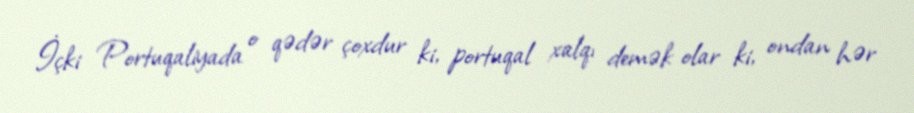
İçki Portuqaliyada o qədər çoxdur ki, portuqal xalqı demək olar ki, ondan hər